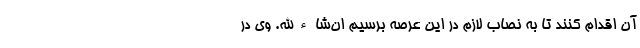
آن اقدام کنند تا به نصاب لازم در این عرصه برسیم ان‌شاءالله. وی در